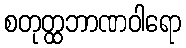
စတုတ္ထဘာဏဝါရော